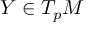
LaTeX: Y \in T _ { p } M